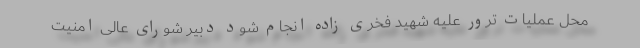
محل عملیات ترور علیه شهید فخری زاده انجام شود دبیر شورای عالی امنیت